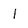
Character: 1